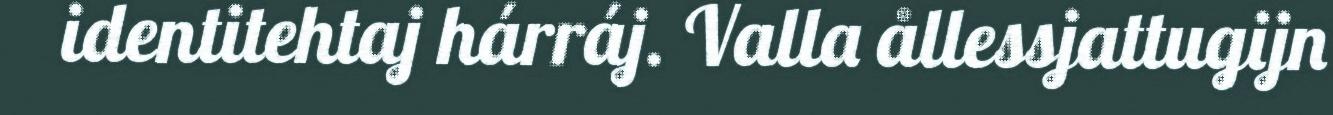
identitehtaj hárráj. Valla ållessjattugijn